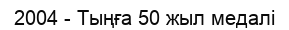
2004 - Тыңға 50 жыл медалі